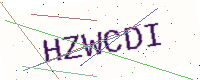
Text: HZWCDI